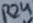
Text: R24